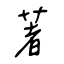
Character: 著